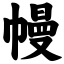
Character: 幔